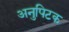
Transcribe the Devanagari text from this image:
अनुपिटक